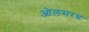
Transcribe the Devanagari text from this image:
ओलसरच